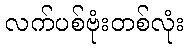
လက်ပစ်ဗုံးတစ်လုံး